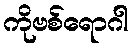
ကိုဗစ်ရောဂါ